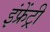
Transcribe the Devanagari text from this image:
इंफ्रेंट्री